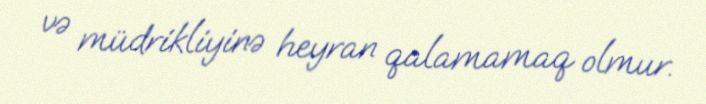
və müdrikliyinə heyran qalamamaq olmur.